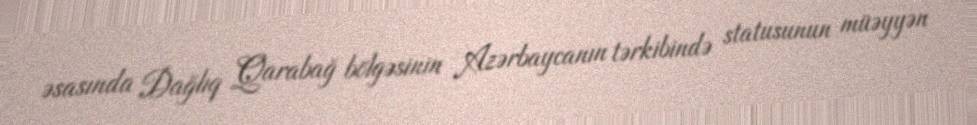
əsasında Dağlıq Qarabağ bölgəsinin Azərbaycanın tərkibində statusunun müəyyən